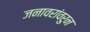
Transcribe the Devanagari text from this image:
जनावरांवरुन